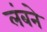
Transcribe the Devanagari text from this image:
लंबने